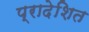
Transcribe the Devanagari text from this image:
प्रादेशित